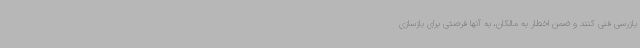
بازرسی فنی کنند و ضمن اخطار به مالکان، به آنها فرصتی برای بازسازی